Annual statistical returns and brief notes on vaccination in Bengal - 1896-1909
Year: 1896
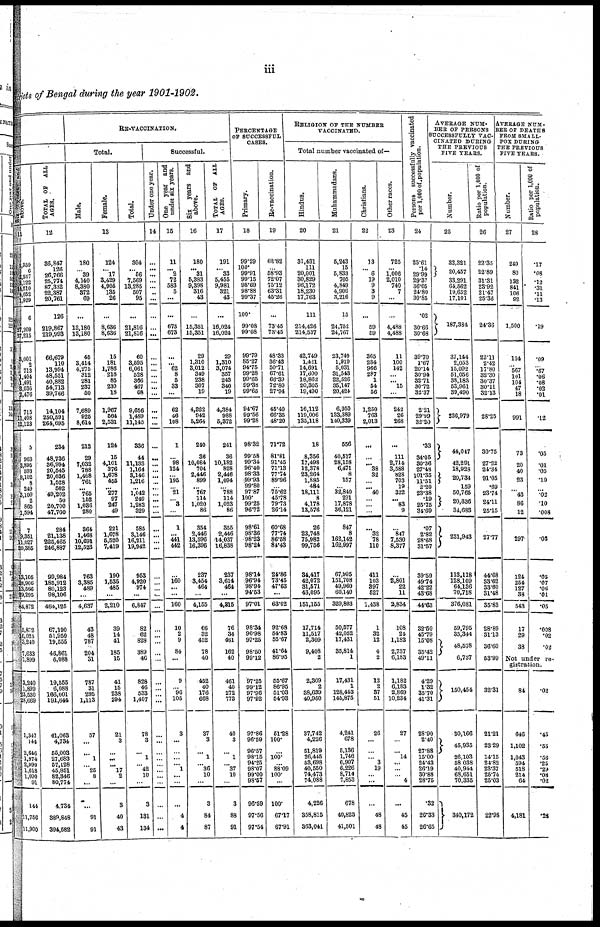
iii
districts of Bengal during the year 1901-1902.
Six years and
above.
11
2,359
6
2,537
2,122
14,210
4,052
1,929
6
27,209
87,215
3,001
2
713
1,404
1,491
3,036
2,476
715
11,408
12,123
5
963
3,895
593
9,102
8
249
3,109
2
865
1,594
7
9,351
11,027
20,385
13,105
28,906
13,566
29,295
84,872
5,872
10,025
3,240
7,633
1,899
3,240
1,899
23,530
28,669
1,347
144
2,646
1,974
2,990
1,618
1,090
91
144
11,756
11,900
TOTAL OF ALL
AGES.
12
36,847
126
26,766
25,774
87,332
22,387
20,761
126
219,867
219,993
66,679
110
13,994
48,551
40,882
54,713
39,766
14,104
250,591
264,695
234
48,736
36,994
20,545
20,636
1,528
502
49,202
50
20,700
47,760
284
21,138
225,465
246,887
99,984
185,912
80,123
98,106
464,125
67,190
51,950
19,555
46,861
6,088
19,555
6,088
166,001
191,644
41,063
4,734
55,003
27,683
57,128
45,851
82,346
80,774
4,734
389,848
394,582
RE-VACCINATION.
Total.
Male.
Female.
Total.
13
180
... 39
4,140
8,380
372
69
...
13,180
13,180
45
3,414
4,275
312
281
237
50
7,689
925
8,614
212
29
7,032
788
1,468
761
... 765
152
1,036
280
364
1,468
10,691
12,523
763
3,385
489
...
4,637
43
48
787
204
31
787
31
295
1,113
57
...
...
1
... 25
8
...
...
91
91
124
... 17
3,429
4,905
135
26
...
8,636
8,636
15
181
1,786
216
85
230
18
1,967
564
2,531
124
15
4,101
376
1,678
455
... 277
97
247
49
221
1,678
5,520
7,419
190
1,535
485
...
2,210
39
14
41
185
15
41
15
238
294
21
3
...
...
...
17
2
...
3
40
43
304
... 56
7,569
13,285
507
95
...
21,816
21,816
60
3,595
6,061
528
366
467
68
9,656
1,489
11,145
336
44
11,133
1,164
3,146
1,216
...
1,042
249
1,283
329
585
3,146
16,211
19,942
953
4,920
974
...
6,847
82
62
828
389
46
828
46
533
1,407
78
3
...
1
... 42
10
...
3
131
134
Successful.
Under one year.
14
...
...
...
...
...
...
...
...
...
...
...
...
...
...
...
...
...
...
...
...
...
...
...
...
...
...
...
...
...
...
...
...
...
...
...
...
...
...
...
...
...
...
...
...
...
...
...
...
...
...
...
...
...
...
...
...
...
...
...
...
One year and
under six years.
15
11
... 2
72
583
5
...
...
673
673
...
... 62
8
5
33
...
62
46
108
1
...
98
124
...
196
... 21
... 3
...
1
...
441
442
...
160
...
...
160
10
2
9
84
...
9
... 96
105
3
...
...
...
... 1
...
...
...
4
4
Six years and
above.
16
180
... 31
5,383
9,398
316
43
...
15,351
15,351
29
1,310
3,012
349
238
307
19
4,322
942
5,264
240
36
10,084
704
2,446
899
... 767
114
1,020
86
354
2,446
13,596
16,396
237
3,454
464
...
4,155
66
32
452
78
40
452
40
176
668
37
3
...
1
... 36
10
...
3
84
87
TOTAL OF ALL
AGES.
17
191
... 33
5,455
9,981
321
43
...
16,024
16,024
29
1,310
3,074
357
243
340
19
4,384
988
5,372
241
36
10,182
828
2,446
1,094
... 788
114
1,023
86
355
2,446
14,037
16,838
237
3,614
464
...
4,215
76
34
461
162
40
461
40
272
773
40
3
...
1
... 37
10
...
3
88
91
PERCENTAGE
OF SUCCESSFUL
CASES.
Primary.
18
99.29
100.
99.91
99.15
98.69
98.88
99.37
100.
99.08
99.08
99.79
85.27
94.75
99.28
99.65
99.38
99.65
94.67
99.56
99.28
98.32
99.58
99.34
96.40
98.33
99.93
99.80
97.87
100.
99.25
96.72
98.61
98.36
98.23
98.24
98.14
96.94
98.94
94.53
97.01
98.34
96.98
97.25
98.50
99.12
97.25
99.12
97.96
97.92
97.86
96.59
96.57
98.15
94.25
98.07
99.00
98.57
96.59
97.56
97.54
Re-vaccination.
19
62.82
... 58.93
72.07
75.12
63.31
45.26
...
73.45
73.45
48.33
36.43
50.71
67.61
66.39
72.80
27.94
45.40
66.35
48.20
71.72
81.81
91.45
71.13
77.74
89.96
... 75.62
45.78
79.73
26.14
60.68
77.74
86.58
84.43
24.86
73.45
47.63
...
63.02
92.68
54.83
55.67
41.64
86.95
55.67
86.95
51.03
54.93
51.28
100.
...
100.
...
88.09
100.
...
100.
67.17
67.91
RELIGION OF THE NUMBER
VACCINATED.
Total number vaccinated of—
Hindus.
20
31,431
111
20,001
30,829
96,172
18,230
17,763
111
214,426
214,537
42,749
1,421
14,691
17,600
18,862
20,305
19,490
16,112
119,006
135,118
18
8,356
17,498
12,378
23,264
1,885
484
18,111
8
4,178
13,576
26
23,748
75,982
99,756
34,417
42,072
31,571
43,095
151,155
17,714
11,517
2,309
9,408
2
2,309
2
38,639
40,950
37,742
4,226
51,819
26,445
53,698
40,550
74,473
74,088
4,226
358,815
363,041
Muhammadans.
21
5,243
15
5,833
705
4,849
4,906
3,216
15
24,752
24,767
23,749
1,919
5,031
31,543
22,526
35,147
20,424
6,950
133,389
140,339
556
40,517
28,158
6,471
8
157
... 32,840
291
17,878
36,121
847
8
162,142
162,997
67,995
151,708
49,960
60,140
329,803
50,577
42,052
17,431
35,814
1
17,431
1
128,443
145,875
4,241
678
5,136
1,746
6,907
6,226
8,714
7,853
678
40,823
41,501
Christians.
22
13
... 6
19
9
3
9
...
59
59
365
284
966
287
1
54
56
1,250
763
2,013
...
...
... 38
32
...
... 40
... ...
...
...
32
78
110
411
103
397
527
1,438
1
32
12
4
2
12
2
37
51
26
...
...
... 3
19
... ...
...
48
48
Other races.
23
725
... 1,006
2,010
740
7
...
...
4,488
4,488
11
100
142
... ... 15
...
242
26
268
...
111
2,714
3,588
828
703
19
322
... 83
9
...
847
7,530
8,377
...
2,801
22
11
2,834
108
24
1,182
2,737
6,183
1,182
6,183
2,869
10,234
27
...
...
14
...
...
... 4
...
45
45
Persons successfully vaccinated
per 1,000 of population.
24
25.61
.14
29.99
29.37
36.05
24.80
30.85
.02
30.66
30.68
39.70
1.67
20.14
30.94
32.71
30.72
32.37
2.21
29.99
32.20
.33
34.05
30.36
27.48
101.35
11.51
2.20
23.38
.19
25.75
34.69
.07
2.82
28.68
31.57
39.59
49.74
42.22
43.68
44.63
32.50
45.79
15.08
35.42
49.11
4.29
1.32
35.70
41.31
28.90
2.40
27.88
15.00
24.43
26.19
30.88
28.75
.32
26.33
26.65
AVERAGE NUM-
BER OF PERSONS
SUCCESSFULLY VAC-
CINATED DURING
THE PREVIOUS
FIVE YEARS.
Number.
25
32,321
20,457
33,291
64,562
19,652
17,101
187,384
37,144
2,053
15,092
51,056
38,183
53,961
39,490
236,979
44,047
42,291
18,928
20,734
159
50,765
20,336
34,683
231,943
113,118
128,109
64,136
70,718
376,081
59,795
35,344
48,578
6,737
150,454
30,166
45,935
26,103
58,038
40,944
68,651
70,335
340,172
Ratio per 1,000 of
population.
26
22.35
22.89
31.31
23.92
21.47
25.36
24.36
22.11
2.42
17.80
32.30
30.37 30.11
32.13
28.25
30.75
27.22
24.34
91.05
.69
23.74
24.11
25.15
27.77
44.68
33.62
33.60
31.48
35.83
28.89
31.13
36.60
53.99
32.31
21.21
23.29
14.15
24.82
23.37
25.74
25.03
22.98
AVERAGE NUM-
--- OF DEATHS
FROM SMALL-
POX DURING
THE PREVIOUS
FIVE YEARS.
Number.
27
249
80
132
841
106
92
1,500
154
... 567
...
104
47
18
991
73
20
40
23
... 43
86
12
297
124
254
127
38
543
17
29
38
Ratio per 1,000 of
population.
28
.17
.08
.12
.31 .11
.13
.19
.09
...
.67 .06
.08
.02
.01
.12
.05
.01
.05
.10
... .02
.10
.008
.03
.05
.07
.06
.01
.05
.008
.02
.02
Not under re-
gistration.
84
646
1,102
1,043
594
518
214
64
4,181
.02
.45
.55
.56
.25
.29
.08
.02
.28